Report on horse surra - Volume I
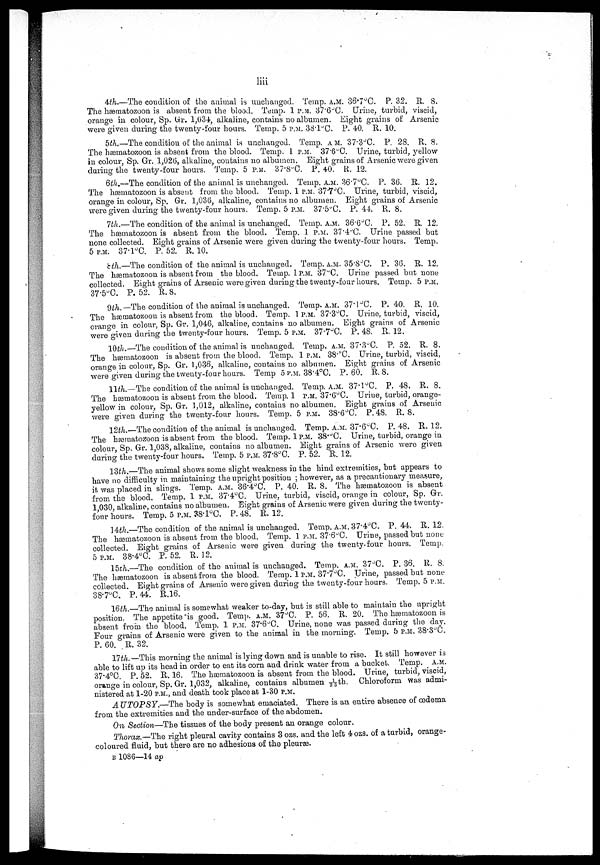
liii
4th.—The condition of the animal is unchanged. Temp. A.M. 36.7°C. P. 32. R. 8.
The hæmatozoon is absent from the blood. Temp. 1P.M. 37.6°C. Urine, turbid, viscid,
orange in colour, Sp. Gr. 1,034, alkaline, contains no albumen. Eight grains of Arsenic
were given during the twenty-four hours. Temp. 5 P.M. 33.l°C. P. 40. R. 10.
5th.—The condition of: the animal is unchanged. Temp. A.M. 37.3°C P, 28. R. 8.
The hæmatozoon is absent from the blood. Temp. 1 P.M. 37.6°C. Urine, turbid, yellow
in colour, Sp. Gr. 1,026, alkaline, contains no albumen. Eight grains of Arsenic were given
during the twenty-four hours. Temp. 5 P.M. 37.8°C. P. 40. R. 12.
6th.—The condition of the animal is unchanged. Temp. A.M. 36.7°C. P. 36. R. 12.
The hæmatozoon is absent from the blood. Temp. 1 P.M. 37.7°C. Urine, turbid, viscid
orange in colour, Sp. Gr. 1,036, alkaline, contains no albumen. Eight grains of Arsenic
were given during the twenty-four hours. Temp. 5 P.M. 37.5°C. P. 44. R. 8.
7th.—The condition of the animal is unchanged. Temp. A.M. 36.6°C. P. 52. R. 12.
The hæmatozoon is absent from the blood. Temp. 1 P.M. 37.4°C. Urine passed but
none collected. Eight grains of Arsenic were given during the twenty-four hours. Temp
5 P.M. 37.l°C. P. 52. R. 10.
8th.—The condition of the animal is unchanged. Temp. A.M. 35.8°C. P. 36. R. 12.
The hæmatozoon is absent from the blood. Temp. 1P.M. 37°C. Urine passed but none
collected. Eight grains of Arsenic were given during the twenty-four hours. Temp. 5 P.M.
37.5°C. P. 52. R. 8.
9th.— The condition of the animal is unchanged. Temp. A.M. 37.1°C. P. 40. R. 10.
The hæmatozoon is absent from the blood. Temp. 1P.M. 37.3°C. Urine, turbid, viscid,
orange in colour, Sp. Gr. 1,046, alkaline, contains no albumen. Eight grains of Arsenic
were given during the twenty-four hours. Temp. 5 P.M. 37.7°C. P. 48. R. 12.
10th.—The condition of the animal is unchanged. Temp. A.M. 37.3°C. P. 52. R. 8.
The hæmatozoon is absent from the blood. Temp. 1 P.M. 38.°C. Urine, turbid, viscid,
orange in colour, Sp. Gr. 1,036, alkaline, contains no albumen. Eight grains of Arsenic
were given during the twenty-four hours. Temp 5 P.M. 38.4°C. P. 60. R. 8.
11th.—The condition of the animal is unchanged. Temp. A.M. 37.1°C. P. 48. R. 8.
The hæmatozoon is absent from the blood. Temp. 1 P.M. 37.6°C. Urine, turbid, orange-
yellow in colour, Sp. Gr. 1,012, alkaline, contains no albumen. Eight grains of Arsenic
were given during the twenty-four hours. Temp. 5 P.M. 38.6°C. P. 48. R. 8.
12th.—The condition of the animal is unchanged. Temp. A.M. 37.6°C. P. 48. R. 12.
The hæmatozJoon is absent from the blood. Temp. 1 P.M. 38.°C. Urine, turbid, orange in
colour, Sp. Gr. 1,038, alkaline, contains no albumen. Eight grains of Arsenic were given
during the twenty-four hours. Temp. 5 P.M. 37.8°C. P. 52. R. 12.
13th.—The animal shows some slight weakness in the hind extremities, but appears to
have no difficulty in maintaining the upright position ; however, as a precautionary measure,
it was placed in slings. Temp. A.M. 36.4°C. P. 40. R. 8. The hæmatozoon is absent
from the blood. Temp. 1 P.M. 37.4°C. Urine, turbid, viscid, orange in colour, Sp. Gr.
1 030, alkaline, contains no albumen. Eight grains of Arsenic were given during the twenty-
four hours. Temp. 5 P.M. 38.l°C. P. 48. R. 12.
14th.—The condition of the animal is unchanged. Temp. A.M. 37.4°C. P. 44. R. 12
The hæmatozoon is absent from the blood. Temp. 1 P.M. 37.6°C. Urine, passed but none
collected. Eight grains of Arsenic were given during the twenty four hours. Temp.
5 P.M. 38.4°C. P. 52. R. 12.
15th,.—The condition of the animal is unchauged. Temp. A.M. 37°C. P. 36. R. 8.
The hæmatozoon is absent from the blood. Temp. 1 P.M. 37.7°C. Urine, passed but none
collected. Eight grains of Arsenic were given during the twenty-four hours. Temp. 5 P.M.
38.7°C. P. 44. R.16.
16th.—The animal is somewhat weaker to-day, but is still able to maintain the upright
position. The appetite is good. Temp. A.M. 37°C. P. 56. R. 20. The hæmatozoon is
absent from the blood. Temp. 1 P.M. 37.6°C. Urine, none was passed during the day.
Four grains of Arsenic were given to the animal in the morning. Temp. 5 P.M. 38.3°C.
P. 60. R. 32.
17th. —This morning the animal is lying down and is unable to rise. It still however is
able to lift up its head in order to eat its corn and drink water from a bucket. Temp. A.M.
37.4°C. P. 52. R. 16. The hæmatozoon is absent from the blood. Urine, turbid, viscid,
orange in colour, Sp. Gr. 1,032, alkaline, contains albumen 1/35th. Chloroform was admi-
nistered at 1-20 P.M., and death took place at 1-30 P.M.
AUTOPSY.—The
body is somewhat emaciated. There is an. entire absence of œdema
from the extremities and the under-surface of the abdomen.
On Section—The tissues of the body present an orange colour.
Thorax.-— The right pleural cavity contains 3 ozs. and the left 4 ozs. of a turbid, orange-
coloured fluid, but there are no adhesions of the pleuræ.
B 1086—14 ap